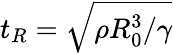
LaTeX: t_{R}=\sqrt{\rho R_{0}^{3}/\gamma}